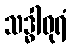
သဒ္ဓါဓုရံ